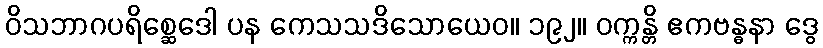
ဝိသဘာဂပရိစ္ဆေဒေါ ပန ကေသသဒိသောယေဝ။ ၁၉၂။ ဝက္ကန္တိ ဧကဗန္ဓနာ ဒွေ